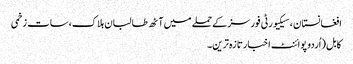
افغانستان ، سیکیورٹی فورسز کے حملے میں آٹھ طالبان ہلاک،سات زخمی
کابل (اُردو پوائنٹ اخبارتازہ ترین۔